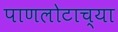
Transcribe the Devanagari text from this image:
पाणलोटाच्या